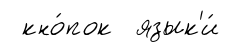
кно́пок язык'и́